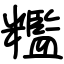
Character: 糮